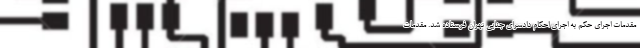
مقدمات اجرای حکم به اجرای احکام دادسرای جنایی تهران فرستاده شد. مقدمات